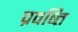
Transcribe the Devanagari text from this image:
प्रवष्त्ति